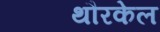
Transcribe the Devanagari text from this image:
थौरकेल